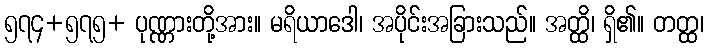
၅၇၄+၅၇၅+ ပုဏ္ဏားတို့အား။ မရိယာဒေါ၊ အပိုင်းအခြားသည်။ အတ္ထိ၊ ရှိ၏။ တတ္ထ၊